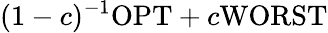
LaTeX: (1-c)^{-1}\mathrm{OPT}+c\mathrm{WORST}